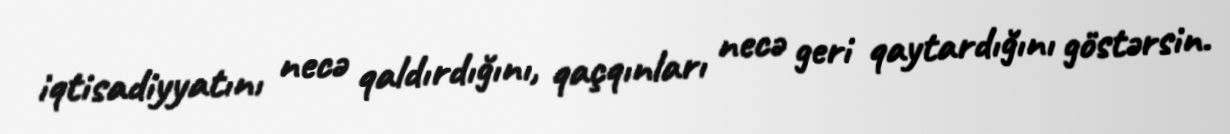
iqtisadiyyatını necə qaldırdığını, qaçqınları necə geri qaytardığını göstərsin.